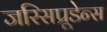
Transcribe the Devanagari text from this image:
जरिसप्रूडेन्स